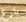
بارع